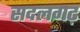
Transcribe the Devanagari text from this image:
सदलगढ़